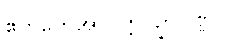
ဧကတေအာပတ္တိပဥှာဝဏ္ဏ။